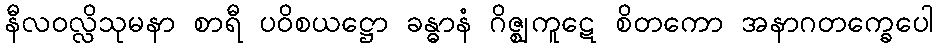
နီလဝလ္လိသုမနာ စာရီ ပဝိစယဋ္ဌော ခန္ဓာနံ ဂိဇ္ဈကူဋေ စိတကော အနာဂတက္ခေပေါ